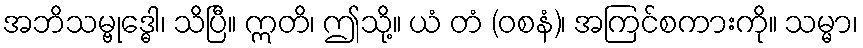
အဘိသမ္ဗုဒ္ဓေါ၊ သိပြီ။ ဣတိ၊ ဤသို့။ ယံ တံ (ဝစနံ)၊ အကြင်စကားကို။ သမ္မာ၊